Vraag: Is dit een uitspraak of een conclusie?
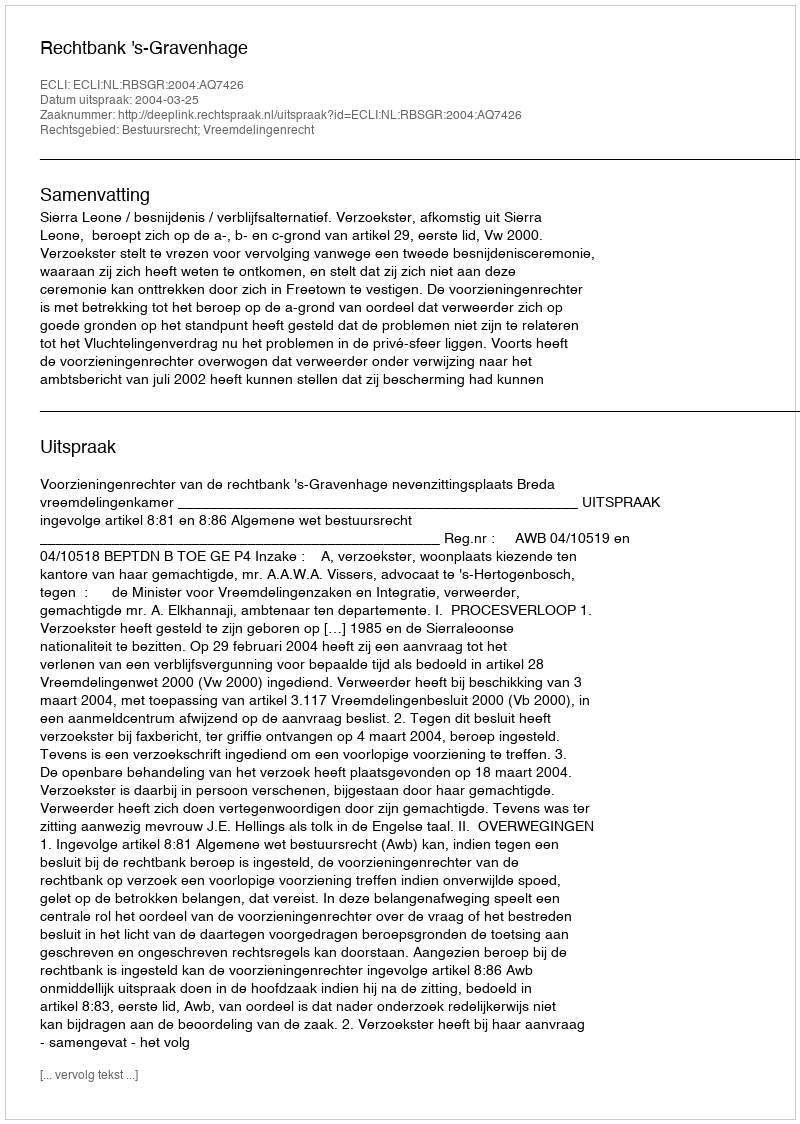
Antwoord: Uitspraak